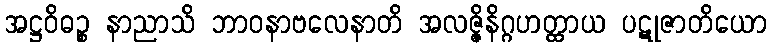
အဋ္ဌဝိဓဉ္စ နာညာသိ ဘာဝနာဗလေနာတိ အလဇ္ဇိနိဂ္ဂဟတ္ထာယ ပဋုဇာတိယော